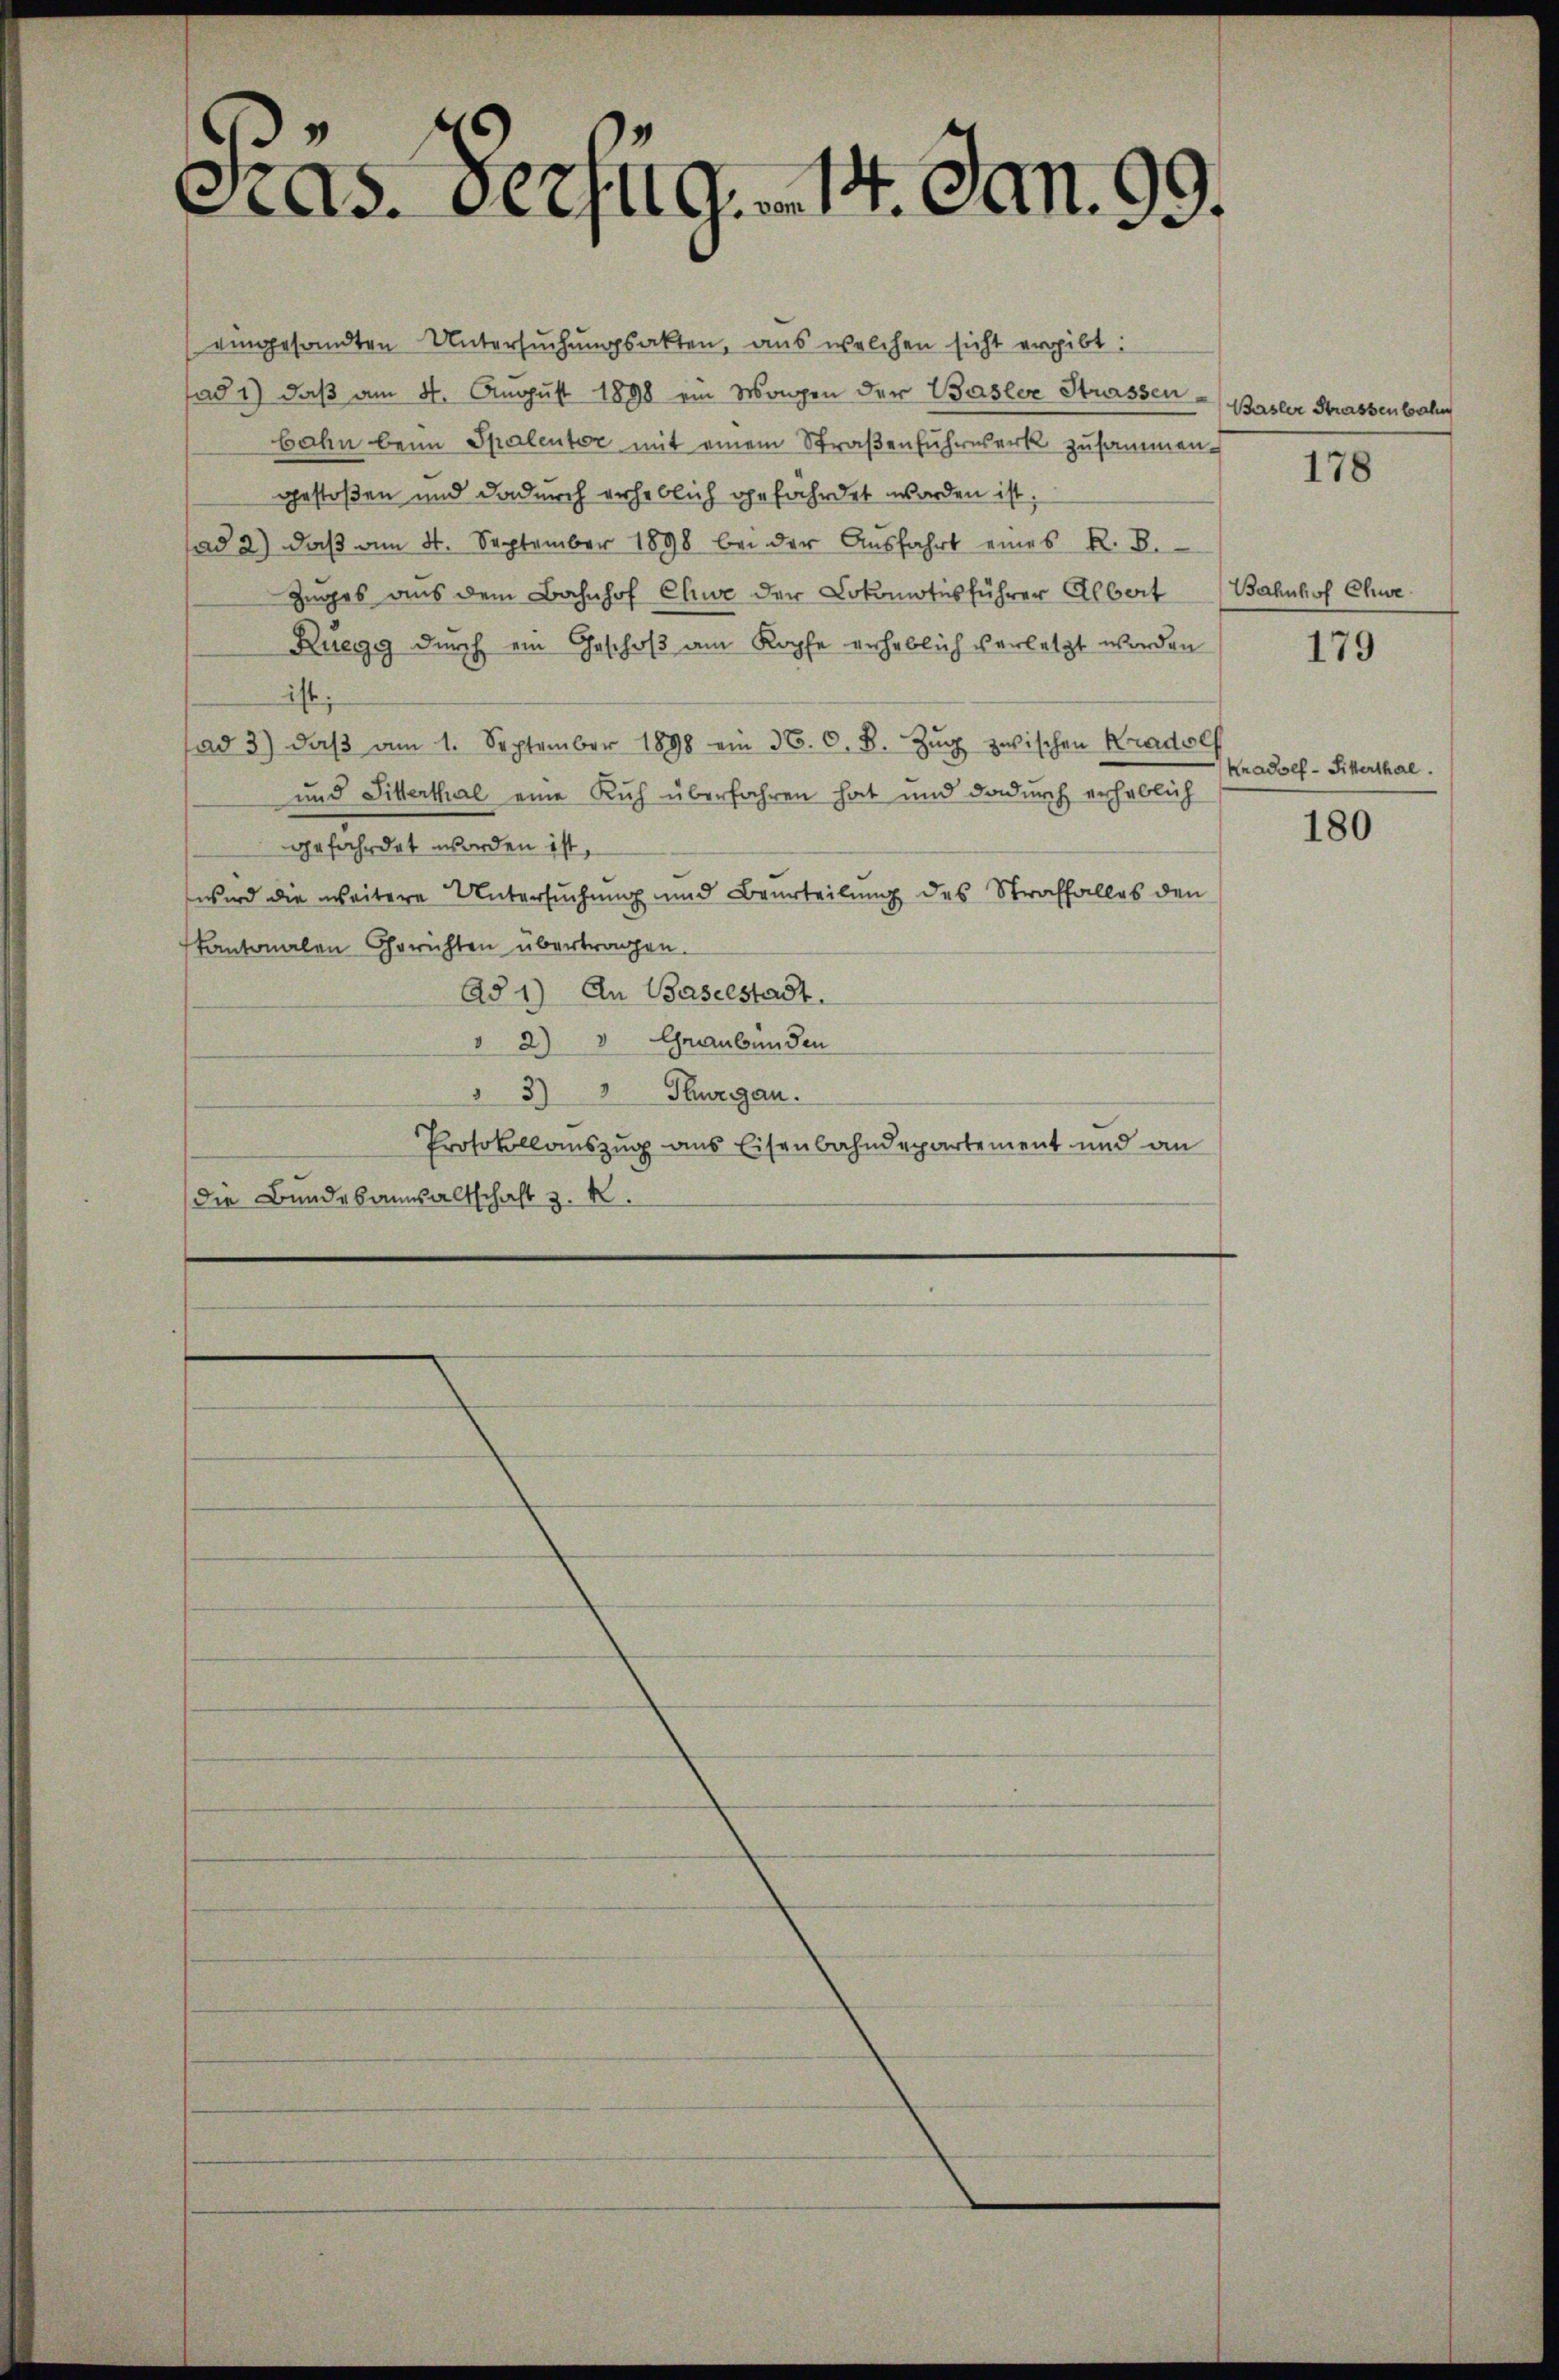
as. Versug. 14. Jan. 99.

eingesandten Untersuchungsakten, aus welchen sicht ergibt:
ad 1) daß am 4. August 1898 ein Mangen der Basler Strassen
bahn beim Spalenter mit einem Straβenfuhrwerk zusammen-
gestoßen und dadurch erheblich gefährdet worden ist;
ad 2.) daβ am 4. September 1898 bei der Aŭsfahrt eines R. B.
Zuges aus dem Bahnhof Chwe der Lokomotis führer Albert Bahnhof Chwe
Ruegg durch ein Geschoß am Kopfe erheblich verletzt worden
ist:
ad 3) daβ am 1. September 1898 ein 36. O. B. Zŭg zwischen Kradolf
und Sitterthal eine Kuh überfahren hat und dadurch erheblich
gefährdet worden ist,
wird die weitere Untersuchung und Beurteilung des Straffalles den
Kantonalen Gerichten übertragen.
Ad 1) An Baselstadt.
" 2) " Graubünden
"3) Thurgau.
Protokollauszug aus Eisenbahndepartement und an
die Bundesaumsaltschaft z. R.

Basler Strassenbahn

178

179

Kradsef-Sitterthal.

180